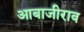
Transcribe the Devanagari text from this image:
आबाजीराव